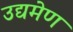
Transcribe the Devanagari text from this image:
उद्यमेण